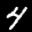
Label: 4